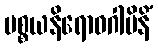
ပစ္စယနိရောဓဂါမိနိံ